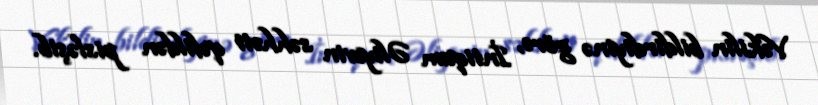
Vəkilin bildirdiyinə görə, İntiqam Əliyevin səhhəti qəfildən pisləşib.